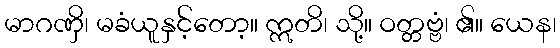
မာဂဏှိ၊ မခံယူနှင့်တော့။ ဣတိ၊ သို့။ ဝတ္တဗ္ဗံ၊ ၏။ ယေန၊